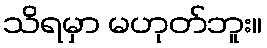
သိရမှာ မဟုတ်ဘူး။